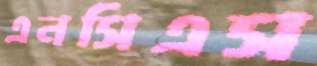
এনসিএস